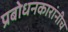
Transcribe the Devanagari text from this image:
प्रबोधनकारांनीच